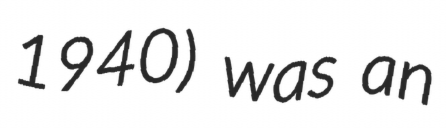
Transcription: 1940) was an